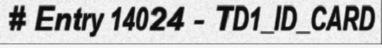
# Entry 14024 - TD1_ID_CARD